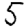
Digit: 5